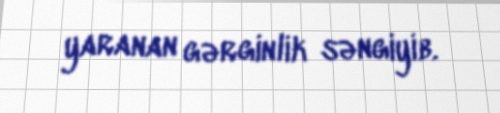
yaranan gərginlik səngiyib.